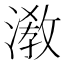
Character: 漖